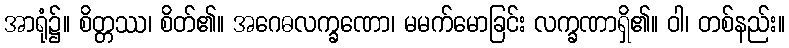
အာရုံ၌။ စိတ္တဿ၊ စိတ်၏။ အဂေဓလက္ခဏော၊ မမက်မောခြင်း လက္ခဏာရှိ၏။ ဝါ၊ တစ်နည်း။